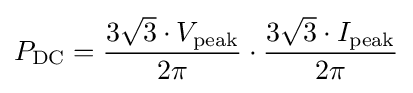
P_{\mathrm {DC} }={\frac {3{\sqrt {3}}\cdot V_{\mathrm {peak} }}{2\pi }}\cdot {\frac {3{\sqrt {3}}\cdot I_{\mathrm {peak} }}{2\pi }}